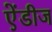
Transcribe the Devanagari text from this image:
ऐंडीज